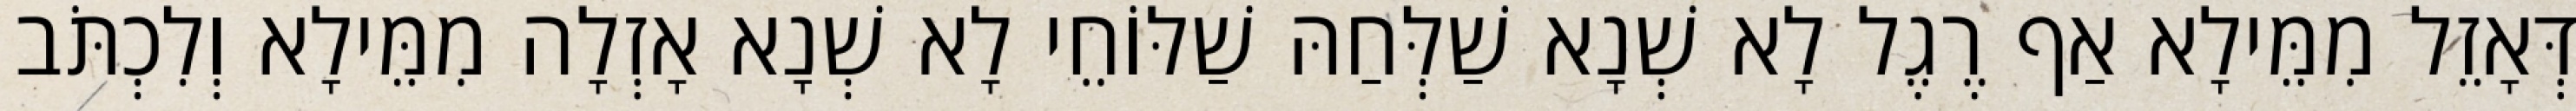
דְּאָזֵל מִמֵּילָא אַף רֶגֶל לָא שְׁנָא שַׁלְּחַהּ שַׁלּוֹחֵי לָא שְׁנָא אָזְלָה מִמֵּילָא וְלִכְתֹּב